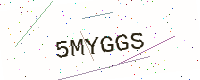
Text: 5MYGGS